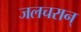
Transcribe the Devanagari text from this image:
जलचरान्